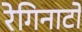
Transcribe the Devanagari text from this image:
रेगिनाटो